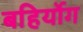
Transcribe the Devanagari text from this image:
बहिर्योग